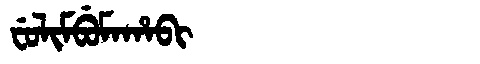
Manchu: ᠸᡠᠯᡳᠮᠪᡠᠮᠠᡥᠠᠪᡳ
Romanization: FULIMBUMAHABI